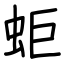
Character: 蚷